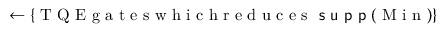
\gets \{ \mathrm { ~ T ~ Q ~ E ~ g ~ a ~ t ~ e ~ s ~ w ~ h ~ i ~ c ~ h ~ r ~ e ~ d ~ u ~ c ~ e ~ s ~ } \textsf { s u p p } ( \mathrm { ~ M ~ i ~ n ~ } ) \}